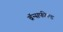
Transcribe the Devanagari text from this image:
ब्रॅन्सफील्ड